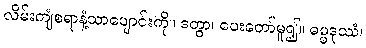
လိမ်းကျံစရာနံ့သာပျောင်းကို။ ဒတွာ၊ ပေးတော်မူ၍။ ဓမ္မဒုဿံ၊